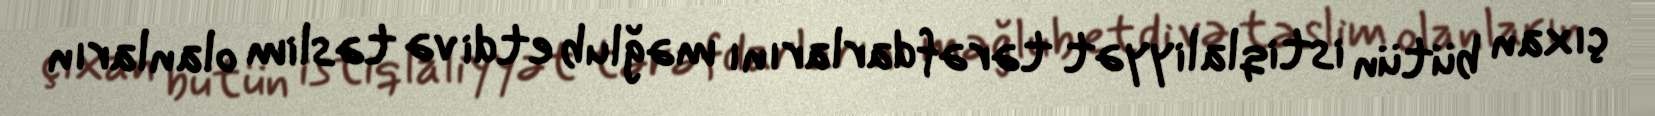
çıxan bütün istiqlaliyyət tərəfdarlarını məğlub etdi və təslim olanların